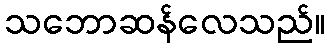
သဘောဆန်လေသည်။